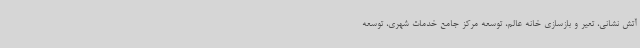
آتش نشانی، تعیر و بازسازی خانه عالم، توسعه مرکز جامع خدمات شهری، توسعه